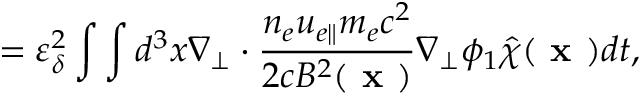
= \varepsilon _ { \delta } ^ { 2 } \int \int d ^ { 3 } x \nabla _ { \perp } \boldsymbol { \cdot } \frac { n _ { e } u _ { e \parallel } m _ { e } c ^ { 2 } } { 2 c B ^ { 2 } ( \textbf { x } ) } \nabla _ { \perp } \phi _ { 1 } \hat { \chi } ( \textbf { x } ) d t ,